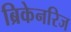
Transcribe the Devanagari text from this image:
ब्रिकेनरिज